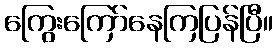
ကြွေးကြော်နေကြပြန်ပြီ။